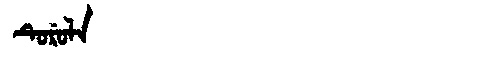
Manchu: ᡨᡠᡵᡠᠯᠠ
Romanization: TURULA